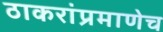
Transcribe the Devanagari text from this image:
ठाकरांप्रमाणेच